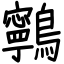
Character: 鸋